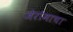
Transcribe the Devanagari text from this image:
जेरोमाचा